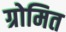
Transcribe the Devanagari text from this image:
ग्रोमित